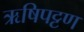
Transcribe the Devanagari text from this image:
ऋषिपट्टण